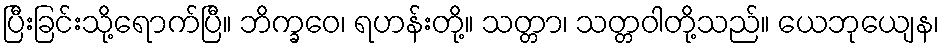
ပြီးခြင်းသို့ရောက်ပြီ။ ဘိက္ခဝေ၊ ရဟန်းတို့။ သတ္တာ၊ သတ္တဝါတို့သည်။ ယေဘုယျေန၊